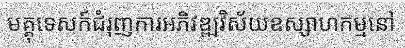
មគ្គុទេសក៍ជំរុញការអភិវឌ្ឍវិស័យឧស្សាហកម្មនៅ